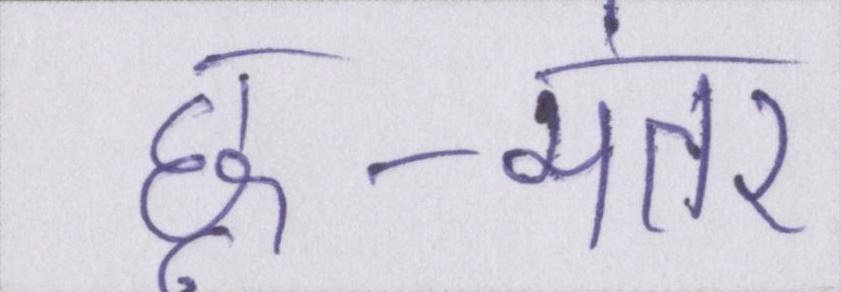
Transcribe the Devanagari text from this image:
छू-मंतर